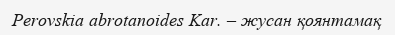
Perovskia abrotanoides Kar. – жусан қоянтамақ